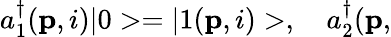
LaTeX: a_{1}^{\dagger}({\mathbf p},i)|0>=|1({\mathbf p},i)>,\ \ \ \ a_{2}^{\dagger}({\mathbf p,}